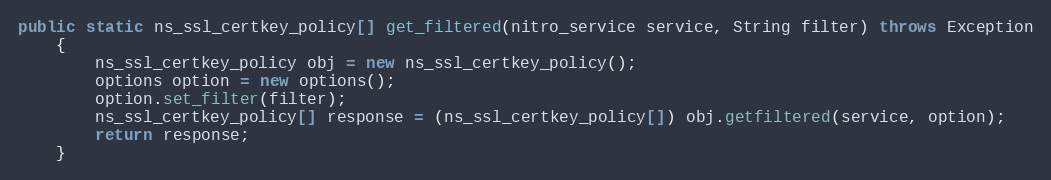
Language: Java
public static ns_ssl_certkey_policy[] get_filtered(nitro_service service, String filter) throws Exception
	{
		ns_ssl_certkey_policy obj = new ns_ssl_certkey_policy();
		options option = new options();
		option.set_filter(filter);
		ns_ssl_certkey_policy[] response = (ns_ssl_certkey_policy[]) obj.getfiltered(service, option);
		return response;
	}